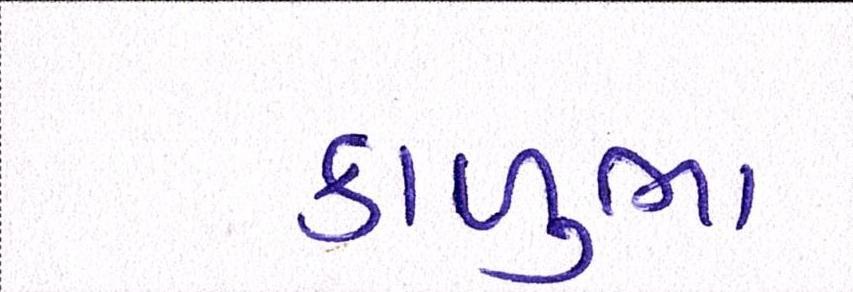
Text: કાળુભા